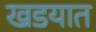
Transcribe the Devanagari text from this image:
खडयात